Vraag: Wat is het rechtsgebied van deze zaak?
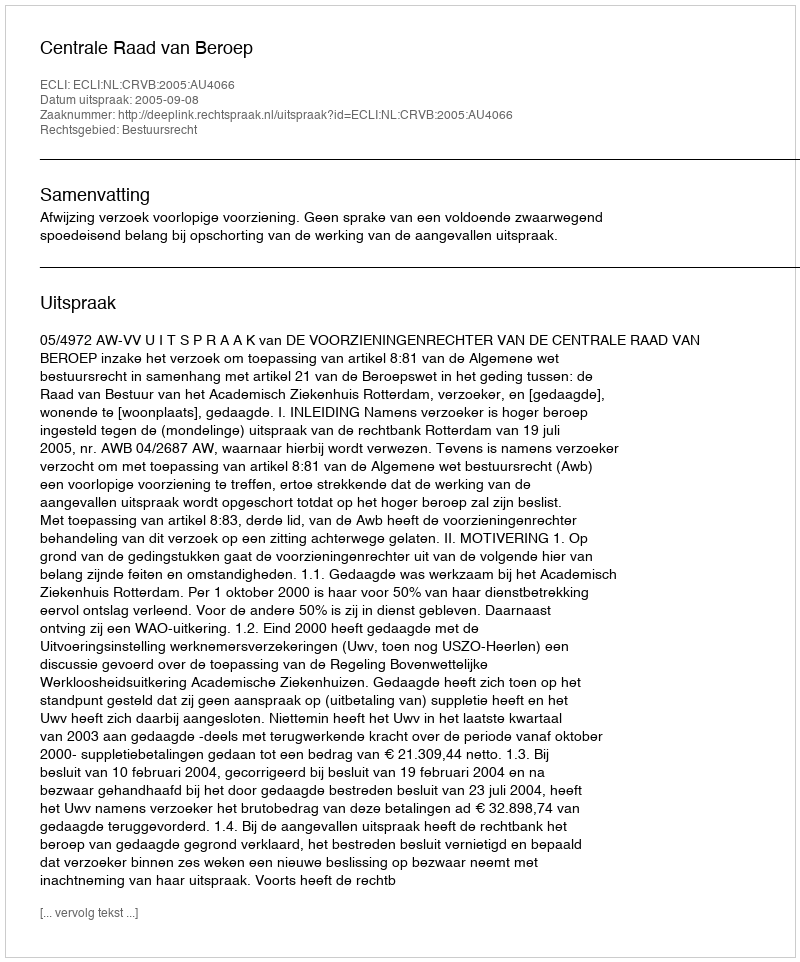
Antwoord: Bestuursrecht